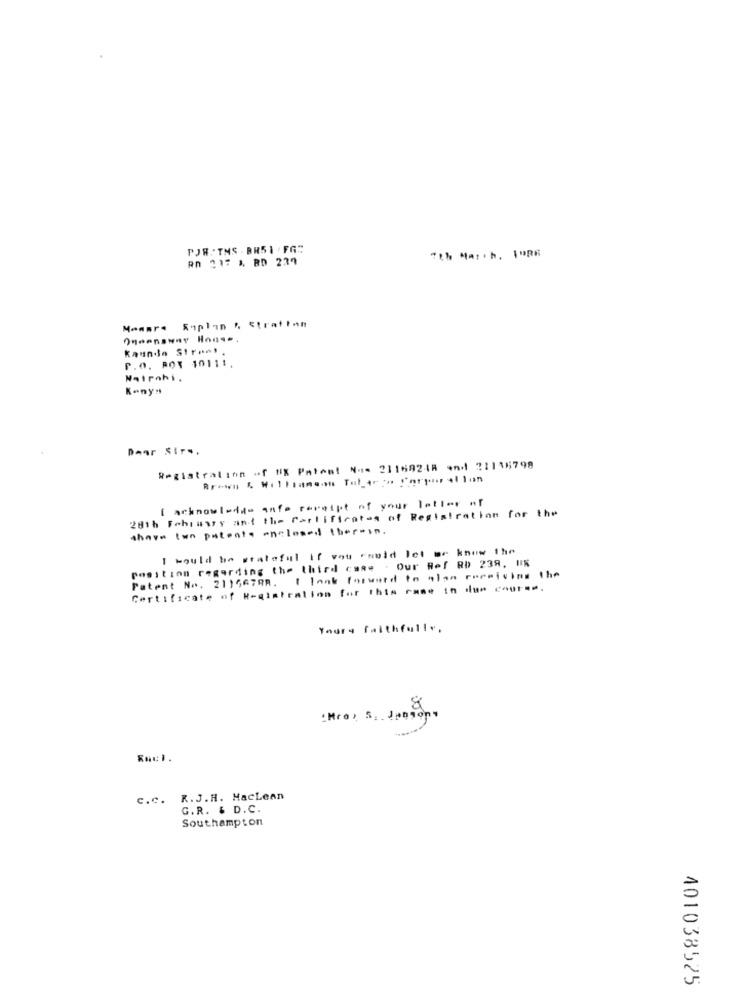
POR : TMS . BR51 / FGS
7th March. FOR6
RO 217 & BD 239
Momare Suplan & Stratton
Oneenswar House.
Kaunda Str ...
P.O. ROT 1011 !.
Matrahi.
Konya
Dear Sirs.
Registration of #X Patent Noe 21169248 and ?1115798
Brown & Williamson TuLar ro Corporation
28th February ant the Certificates of Registration for the
I acknowledge ante caraspt of your letter of
shave two patente enclosed ther-in.
I would be grateful if you could let me know the
Position regarding the third come . Our Ref RD 239, UN
Patent No. 21156798. I lank forward to alan receiving the
Certificate of Registration for this ram* 1n 1mm cour-m.
Yours faithfully,
Racl.
C.C. R.J.H. MacLean
G.R. & D.C.
Southampton
401038525